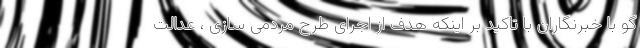
گو با خبرنگاران با تاکید بر اینکه هدف از اجرای طرح مردمی سازی ، عدالت